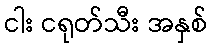
ငါး ငရုတ်သီး အနှစ်